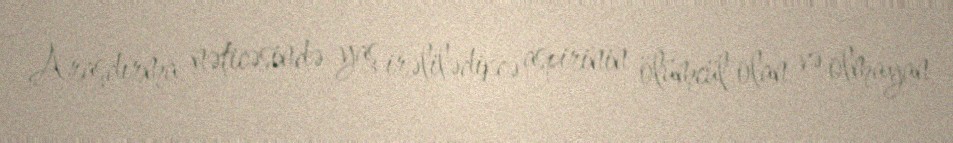
Araşdırma nəticəsində yaş irəlilədikcə aspirinin ölümcül olan və olmayan